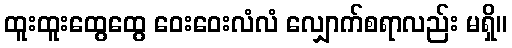
ထူးထူးထွေထွေ ဝေးဝေးလံလံ လျှောက်စရာလည်း မရှိ။